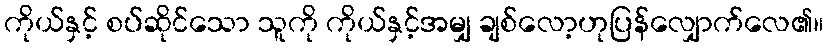
ကိုယ်နှင့် စပ်ဆိုင်သော သူကို ကိုယ်နှင့်အမျှ ချစ်လော့ဟုပြန်လျှောက်လေ၏။